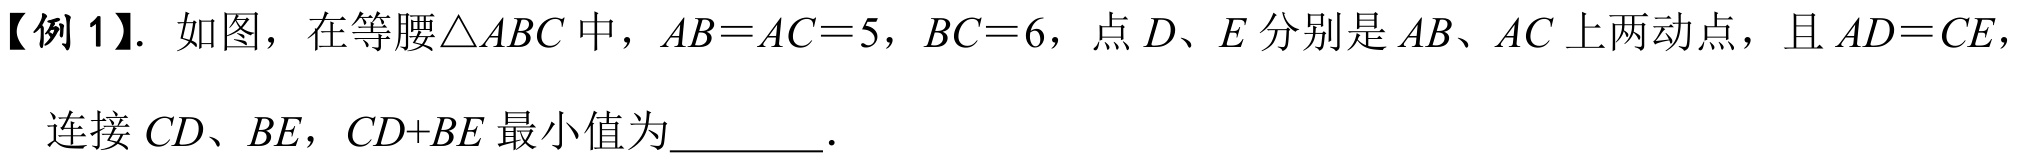
【例 1】. 如图，在等腰\(\triangle ABC\)中，\(AB = AC = 5\)，\(BC = 6\)，点\(D、E\)分别是\(AB、AC\)上两动点，且\(AD = CE\)，
连接 \(CD、BE\)，\(CD + BE\) 最小值为  ．